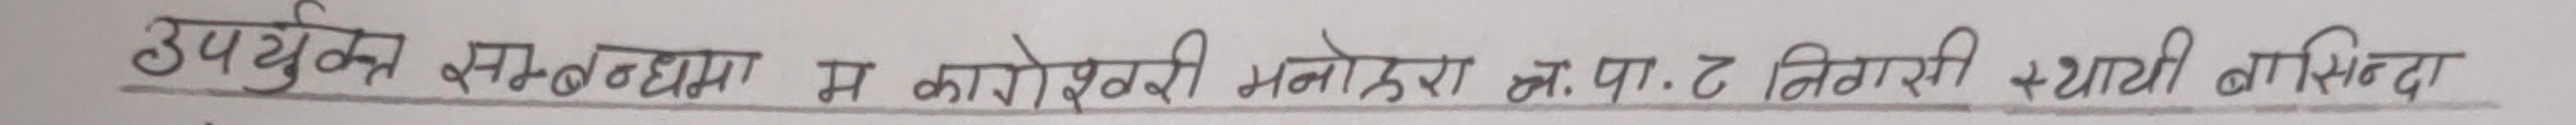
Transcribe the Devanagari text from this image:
उपर्युक्त सम्बन्धमा म कारोबारी मनोहर अ.पा.ट निवासी स्थायी बसिन्दा